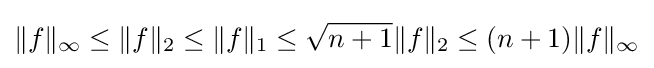
\|f\|_{\infty }\leq \|f\|_{2}\leq \|f\|_{1}\leq {\sqrt {n+1}}\|f\|_{2}\leq (n+1)\|f\|_{\infty }